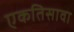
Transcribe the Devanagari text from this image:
एकतिसावा